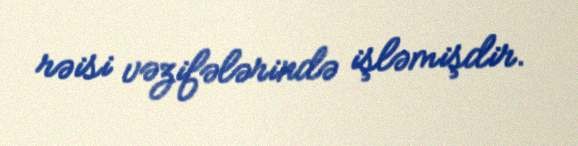
rəisi vəzifələrində işləmişdir.